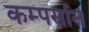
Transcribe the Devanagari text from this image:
कम्पर्सास